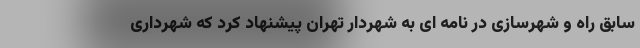
سابق راه و شهرسازی در نامه ای به شهردار تهران پیشنهاد کرد که شهرداری